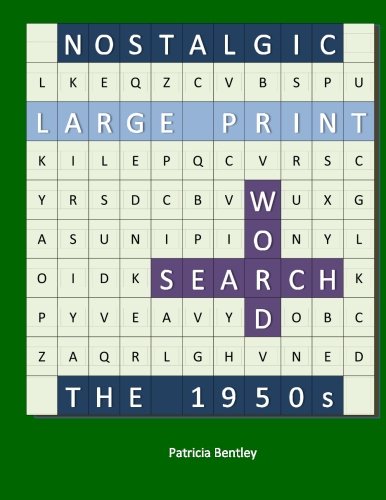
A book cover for Nostalgic Large Print Word Search: The 1950s; Patricia Bentley; Humor & Entertainment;